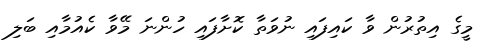
މީގެ އިތުރުން ވާ ކައިފައި ނުވަތާ ކޮށާފައި ހުންނަ މޭވާ ކެއުމާއި ބަލި